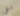
معي